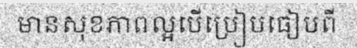
មានសុខភាពល្អបើប្រៀបធៀបពី